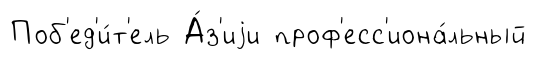
Поб'ед'и́т'ель А́з'иjи проф'есс'иона́льный